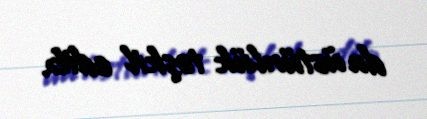
da üstünlük təşkil edib.